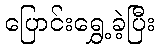
ပြောင်းရွှေ့ခဲ့ပြီး